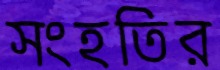
সংহতির